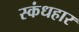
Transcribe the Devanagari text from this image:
स्कंधहार